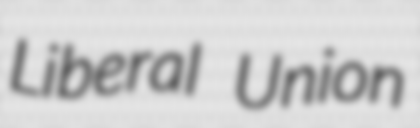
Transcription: Liberal Union